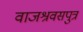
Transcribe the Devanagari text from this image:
वाजश्रवसपुत्र